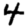
Digit: 4